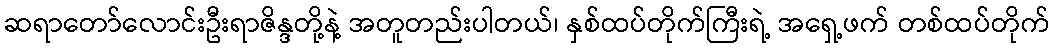
ဆရာတော်လောင်းဦးရာဇိန္ဒတို့နဲ့ အတူတည်းပါတယ်၊ နှစ်ထပ်တိုက်ကြီးရဲ့ အရှေ့ဖက် တစ်ထပ်တိုက်